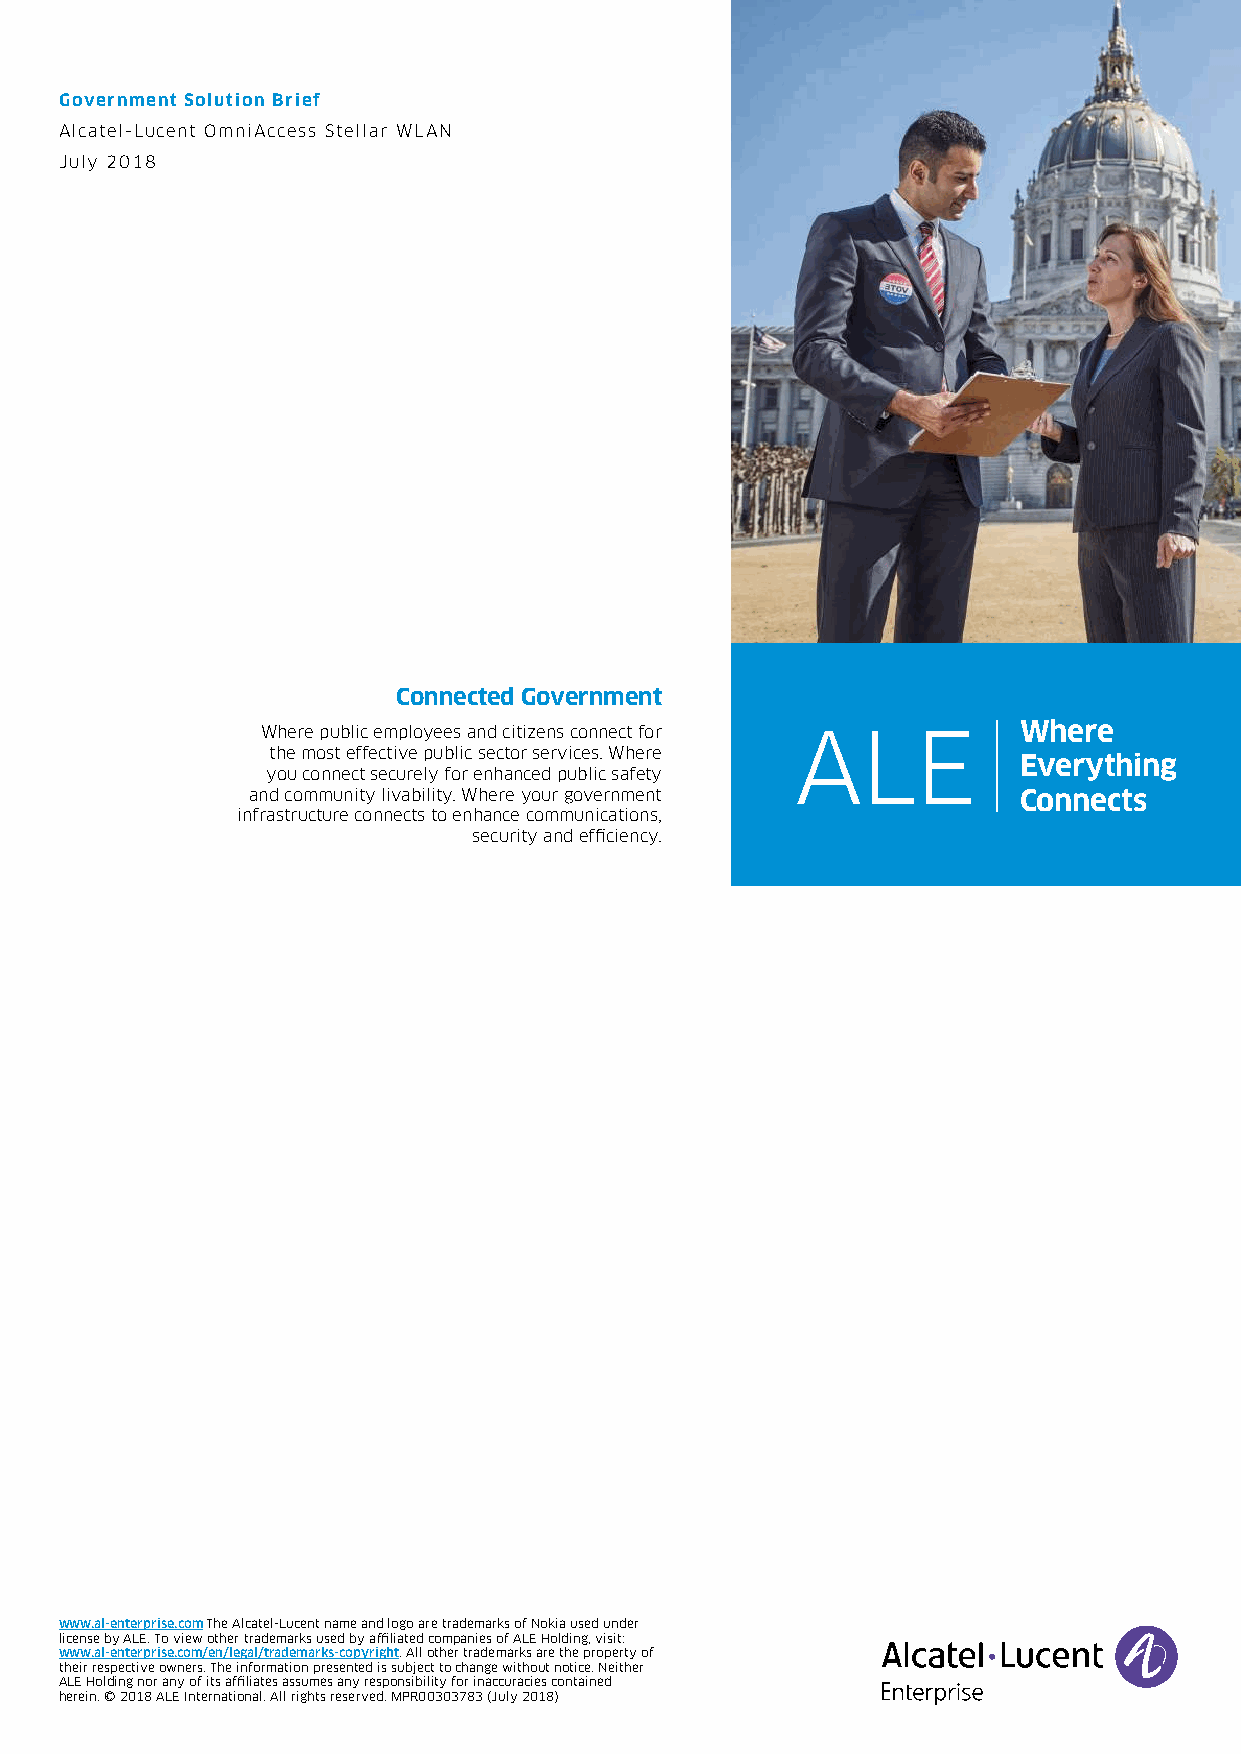
Government Solution Brief
 Alcatel-Lucent OmniAccess Stellar WLAN
 July 2018
 Connected Government
 Where public employees and citizens connect for ALE Where
 the most effective public sector services. Where
 Everything
 you connect securely for enhanced public safety
 and community livability. Where your government    Connects
 infrastructure connects to enhance communications,
 security and efficiency.
 www.al-enterprise.com The Alcatel-Lucent name and logo are trademarks of Nokia used under
 license by ALE. To view other trademarks used by affiliated companies of ALE Holding, visit:
 www.al-enterprise.com/en/legal/trademarks-copyright. All other trademarks are the property of
 their respective owners. The information presented is subject to change without notice. Neither
 ALE Holding nor any of its affiliates assumes any responsibility for inaccuracies contained
 herein. © 2018 ALE International. All rights reserved. MPR00303783 (July 2018)